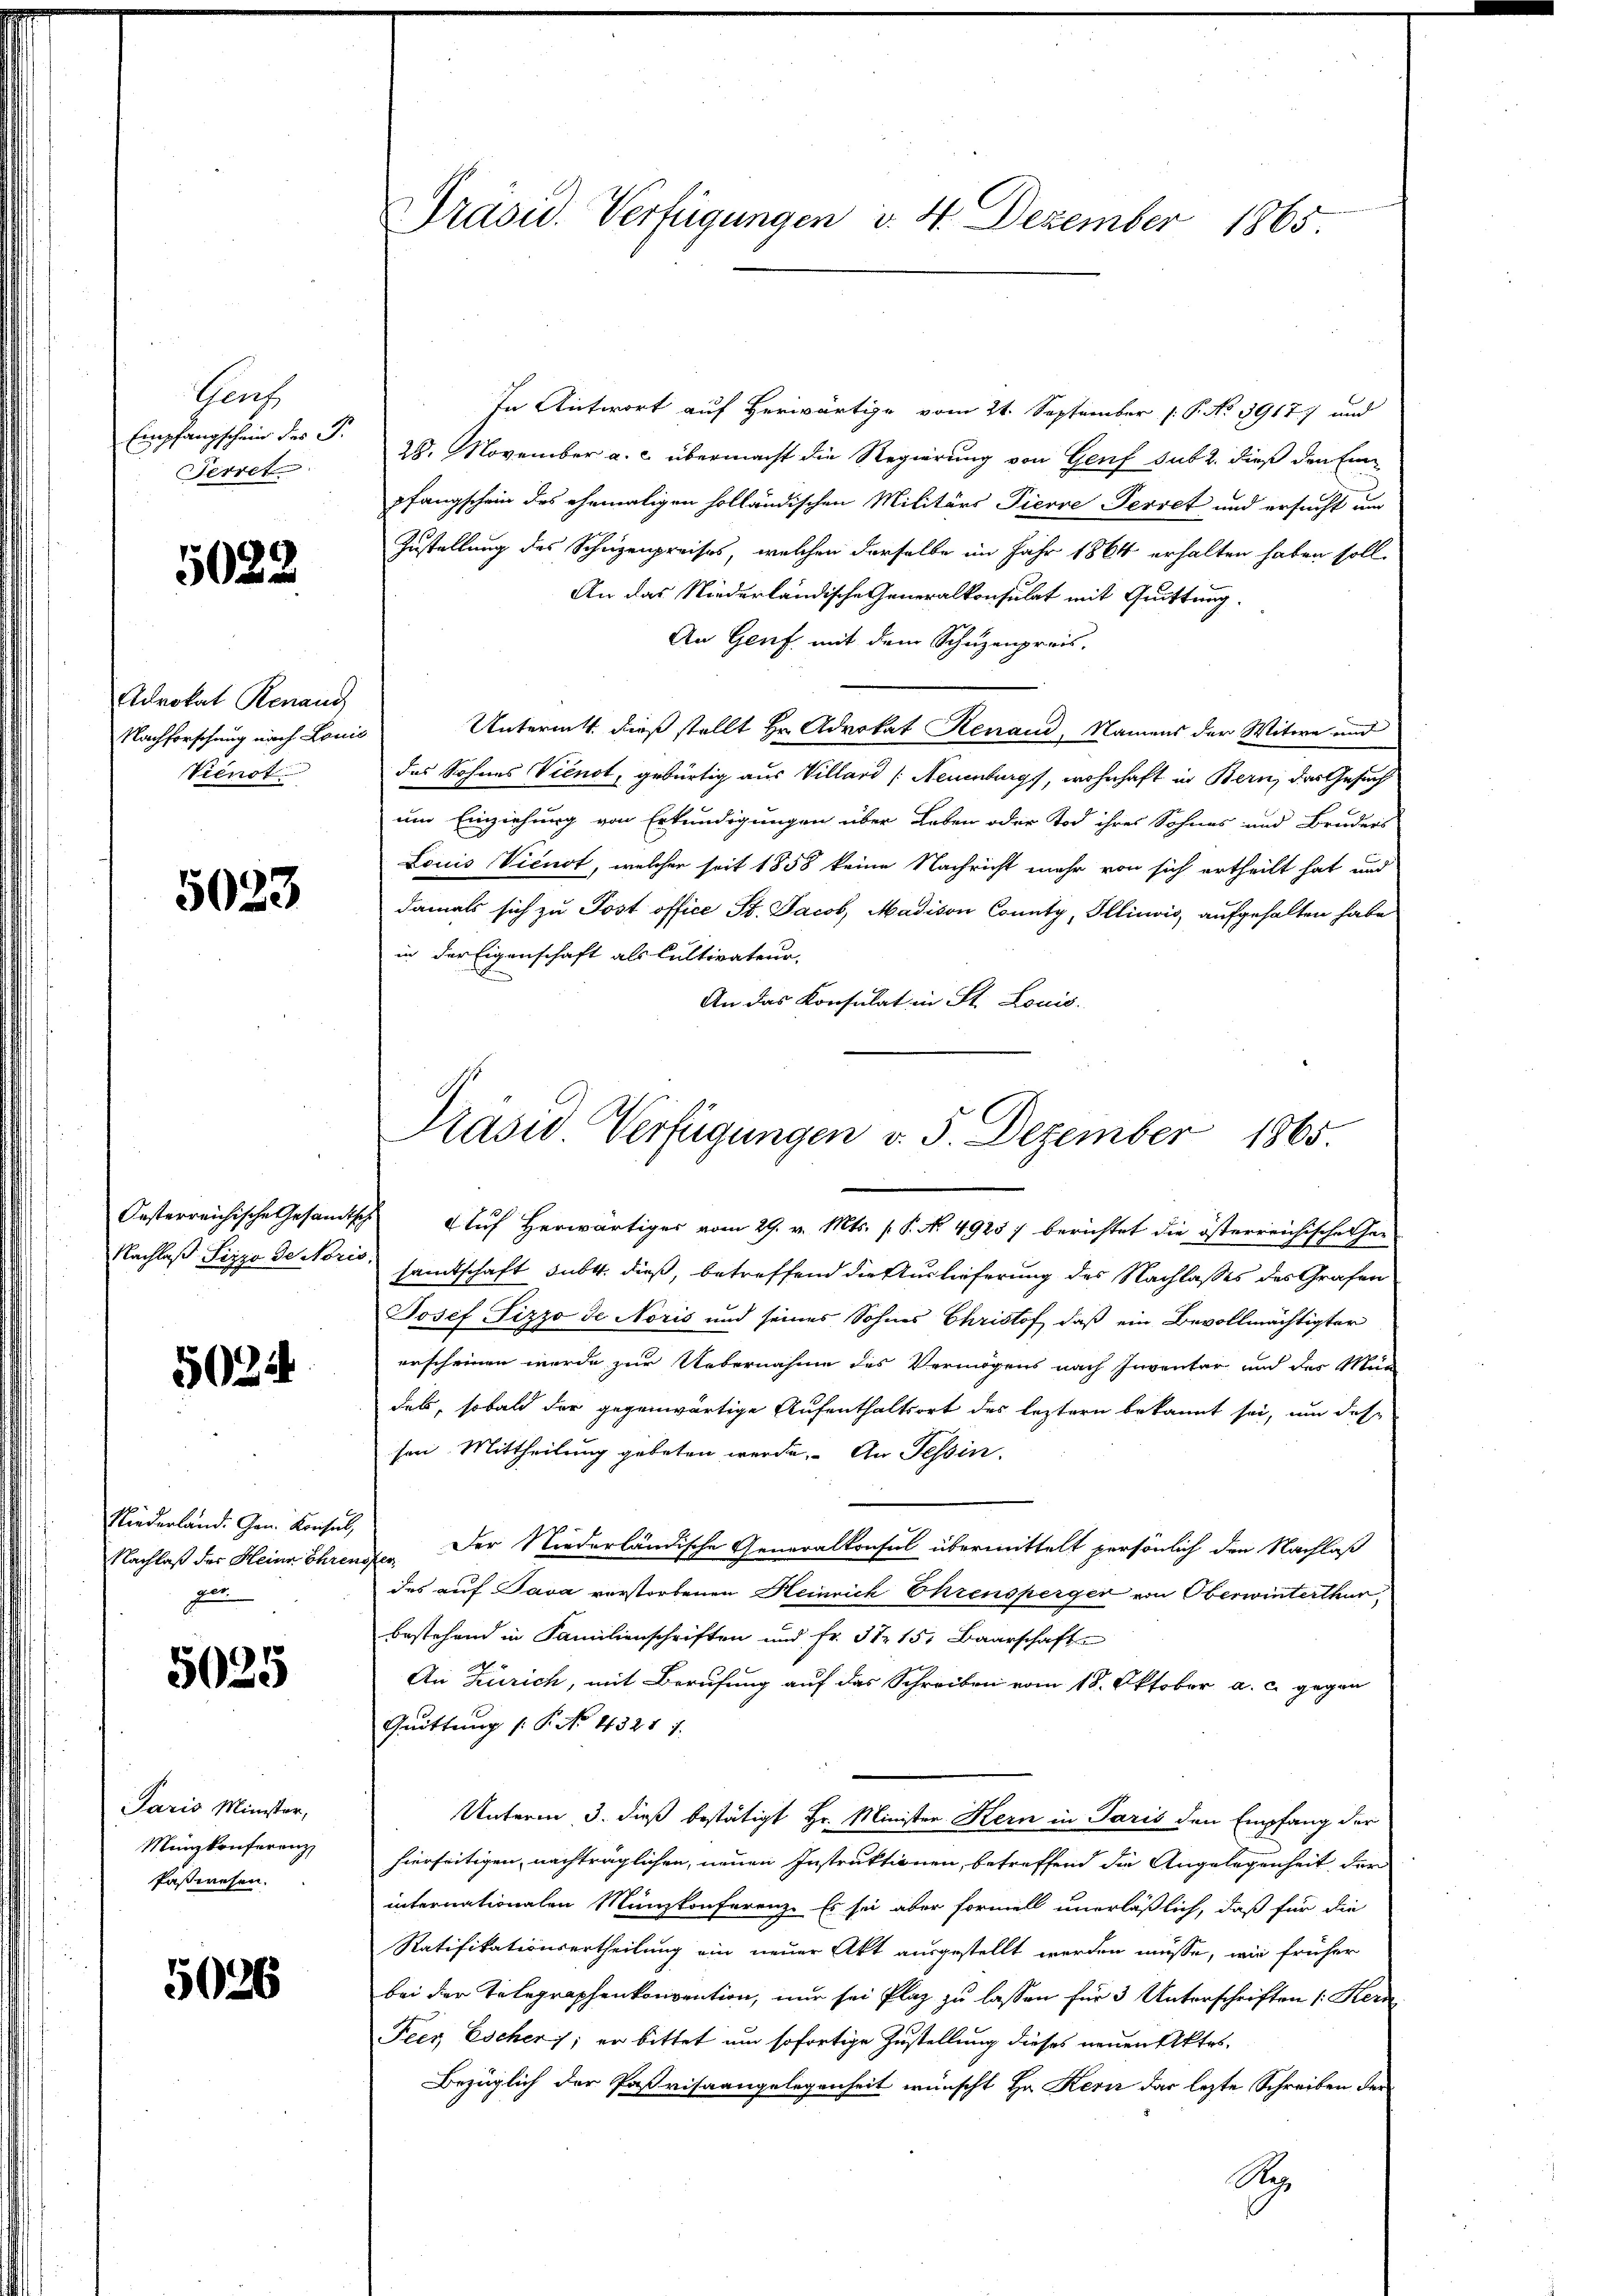
Gers
Empfangschein des P.
Serret

5022

Adrokat Renaud
Nachforschung nach Louis
Vienot

5023

Oesterreichische Gesandtsch
Nachlaß Sizzo de Noric

5024

Niederland. Gen. Konsul,
Nachlaß der Heine Ehren
e

5025

Paris Minister,
Münzkonferenz
faßwesen.

5026

Präsid. Verfügungen d. 4. Dezember 1865.

In Antwort auf Herwärtige vom 21. September P. No 3917) und
28. November a. c. übermacht die Regierung von Genf sub 2. dieß den Einpfangschein des ehemaligen holländischen Militärs Pierre Perret und ersucht um
Zustellung des Schuzenpreises, welchen derselbe im Jahr 1864 erhalten haben soll.
An das Niederländische Generalkonsulat mit Quittung.
An Genf mit dem Schuzenpreis,
Untermitt dieß stellt Hr. Advokat Renaud, Namens der Witwe und
das Sohnes Vienot, gebürtig aus Villard (Neuenburgs, wohnhaft in Bern, das Gesuch
um Einziehung von Erkundigungen über Leben oder Tod ihres Sohnes und Bruders
Louis Viert, welcher seit 1858 keine Nachricht mehr von sich ertheilt hat und
damals sich zu Post office St. Jacob, Madison County, Illinois, aufgehalten habe
in der Eigenschaft als Cultirateur,
An das Konsulat in St. Louis
uf Herwärtiger vom 29. v. Mts. s P. No. 4925 : berichtet die österreichische her
samtschaft subst dieß, betreffend die Auslieferung des Nachlasses des Grafen
Josef Fizzo de Noris und seines Sohnes Christof, daß ein Bevollmächtigter
erscheinen werde zur Uebernahme des Vermögens nach Inventar und des Mün
des, sobald der gegenwärtige Aufenthaltsort des leztern bekannt sei, um des
sen. Mittheilung geboten werde. An Tessin.
Der Niederländische Generalkonsul übermittelt persönlich den Nachlaß
f
des auf Java verstorbenen Heinrich Ehrensperger von Oberwinterthur,
bestehend in Familienschriften und Fr. 31 15. Baarschaft
An Zürich, mit Berufung auf das Schreiben vom 18. Oktober a. c. gegen
Grüttung (: P. No. 4321 f.
Unterm 3. dieß bestätigt Hr. Minister Kern in Paris den Empfang der
hierseitigen, nachträglichen, neuen Instruktionen, betreffend die Angelegenheit der
internationalen Münzkonferenz. Es sei aber formell unerläßlich, daß für die
Ratifikationsertheilung ein neuer Akt ausgestellt werden müsse, wie früher
bei der Telegraphenkonvention, nur sei Plaz zu lassen für 3 Unterschriften /: Kern
Peer, Escher; er bittet um sofortige Zustellung dieses neuen Aktes,
Bezüglich der Paßrisaangelegenheit wünscht Hr. Kern das lezte Schreiben der
S

Präsid Verfügungen v. 5. Dezember 1865